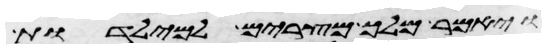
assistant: ויאמר מלך מצרים למילדות